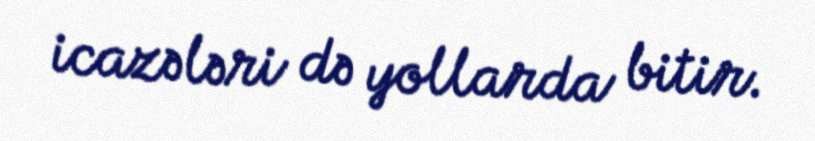
icazələri də yollarda bitir.